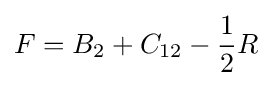
F=B_{2}+C_{12}-{\frac {1}{2}}R